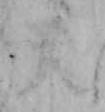
天